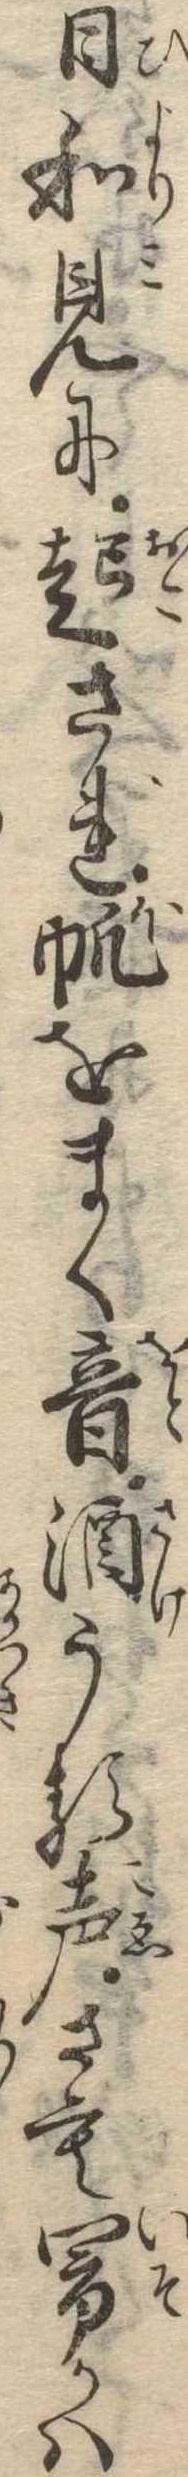
日和見に起され帆をまく音酒うる声さも閙かは